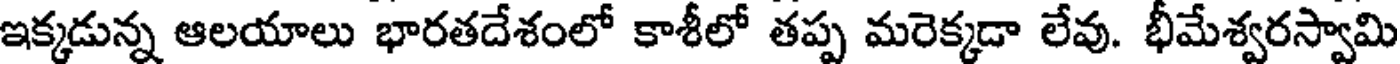
ఇక్కడున్న ఆలయాలు భారతదేశంలో కాశీలో తప్ప మరెక్కడా లేవు. భీమేశ్వరస్వామి